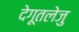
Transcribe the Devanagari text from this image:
देगूतलेजु